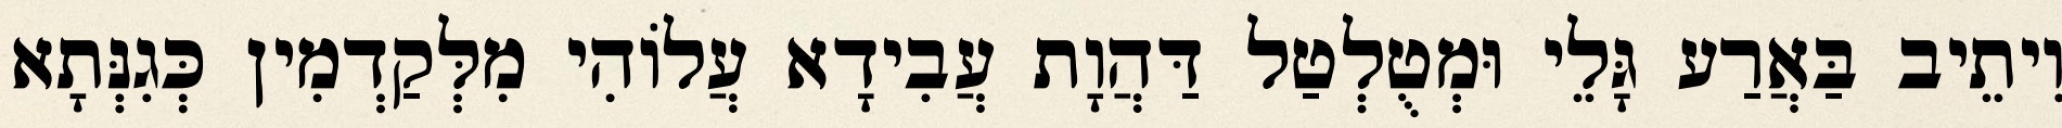
וִיתֵיב בַּאֲרַע גָּלֵי וּמְטֻלְטַל דַּהֲוָת עֲבִידָא עֲלוֹהִי מִלְּקַדְמִין כְּגִנְּתָא